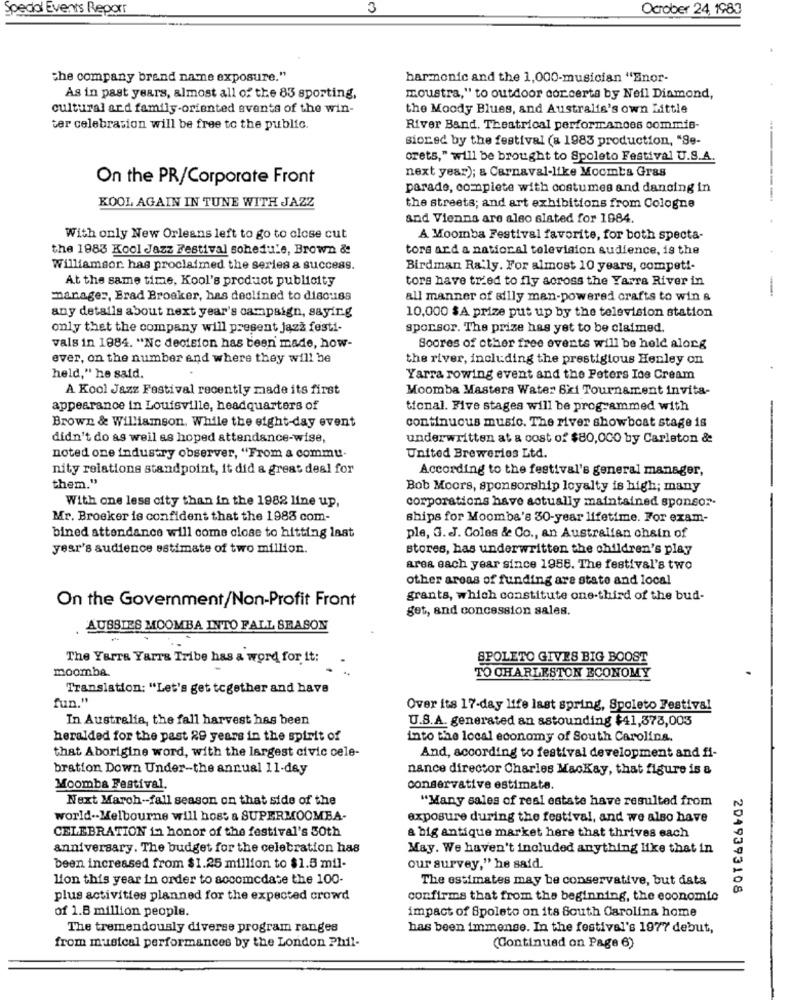
Spedal Events Reporr
October 24, 1987
the company brand name exposure."
harmonic and the 1,000-musician "Enor-
As in past years, almost all of the 83 sporting,
moustra," to outdoor corcerta by Neil Diamond,
cultural ard family-oriented events of the win-
the Moody Blues, and Australis's own Little
ter celebration will be free to the public.
River Band. Theatrical performances commis-
sioned by the festival (a 1983 production, "Se-
orets," will be brought to Spoleto Festival U.S.A.
next year); & Carnaval-like Mocmba Gras
On the PR/Corporate Front
parade, complete with costumes and dancing in
KOOL AGAIN IN TUNE WITH JAZZ
the streets; and art exhibitions from Cologne
and Vienna are also slated for 1984.
With only New Orleans left to go to close cut
A Moomba Festival favorite, for both specta-
the 1983 Kool Jazz Festival sohedule, Brown &
tors ard a national television audience, is the
Williamsor. has proclaimed the series a success.
Birdman Raily. For almost 10 years, compet !-
At the same time, Kool's product publicity
tors have tried to fly across the Yarra River in
-
manager, Erad Broeker, has declined to diso:1ss
all manner of silly man-powered crafts to win &
any details about next year's campaign, saying
10,000 $A prize put up by the television station
only thet the company will present jazz festi-
sporsor. The prize has yet to be claimed.
vals in 1984. "Nc decision has been made, how-
Scores of other free events will be held alorg
ever, on the number and where they will be
the river, including the prestigious Henley on
held," he said.
Yarra rowing event and the Peters Ice Cream
A Kool Jazz Festival recently made its first
Moomba Masters Water Ski Tournament invita-
appearance in Louisville, headquarters of
tional. Five stages will be programmed with
Brown & Williamson, While the eight-day event
continuous music. The river show boat stage is
didn't do as weil es hoped attendance-wise,
underwritten at a cost of $80,000 by Carleton &
noted one industry observer, "From a commu-
United Breweries Ltd.
nity relations standpoint, it did a great deal for
According to the festival's general manager,
them."
Bob Moors, sponsorship loyalty is high; many
With one less city than in the 1982 line up,
corporations have actually maintained sponsor-
Mr. Broeker is confident that the 1983 com-
ships for Moomba's 30-year lifetime. For exam-
bined attendance will come close to hitting last
ple, 3. J. Coles & Co ., an Australian chain of
year's audience estimate of two million.
stores, has underwritten the children's play
area each year since 1955. The festival's two
other areas of funding are state and local
On the Govemment/Non-Profit Front
grants, which constitute one-third of the bud-
get, and concession sales.
AUSSIES MOOMBA INTO FALL SEASON
The YarTa Yarra Tribe has a word for it:
SPOLETO GIVES BIG BOOST
moomba
TO CHARLESTON ECONOMY
Translation: "Let's get together and have
fun."
Over its 17-day life last spring, Spoleto Festival
In Australia, the fall harvest has been
U.S.A. generated an astounding $41,378,003
heralded for the past 29 years in the spirit of
into the local economy of South Carolina.
that Aborigine word, with the largest civic cele-
And, according to festival development and fi-
bration Down Under-the annual 11-day
nance director Charles Mackay, that figure is a
Moomba Festival.
conservative estimate.
Next March -- fall season on that side of the
"Many sales of resi estate have resulted from
world -- Melbourne will host & SUPERMOOMBA-
exposure during the festival, and we also have
CELEBRATION in honor of the festival's 50th
a big antique market here that thrives sach
anniversary. The budget for the celebration has
May. We haven't included anything like that in
been increased from $1.25 million to $1.5 mil-
our survey," he said.
Lion this year in order to aocomodate the 100-
The estimates may be conservative, but data
2049393108
plus activities planned for the expected crowd
confirms that from the beginning, the economic
of 1.8 million people.
impact of Spoleto on its South Carolina home
The tremendously diverse program ranges
has been immense. In the festival's 1977 debut,
from musical performances by the London Phil-
(Continued on Page 6)